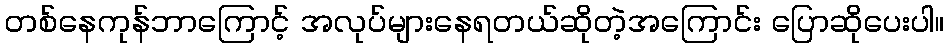
တစ်နေကုန်ဘာကြောင့် အလုပ်များနေရတယ်ဆိုတဲ့အကြောင်း ပြောဆိုပေးပါ။